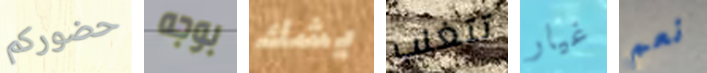
حضوركم بوجه يشك تتغلب غيار نعم